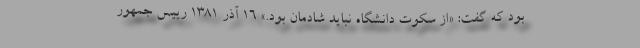
بود که گفت: «از سکوت دانشگاه نباید شادمان بود.» 16 آذر 1381 رییس جمهور